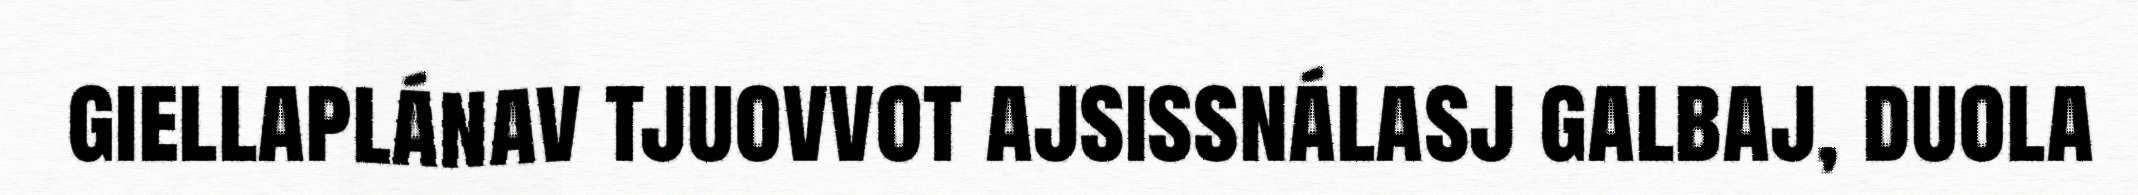
giellaplánav tjuovvot ajsissnálasj galbaj, duola